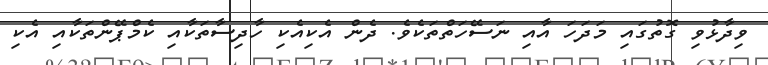
ވިދާޅުވި ގޮތުގައި މަދަހަ އާއި ނަސޭހަތްތަކެވެ. ދެން އެކިއެކި ހާދިސާތަކާއި ކެމްޕޭންތަކާއި އެކި